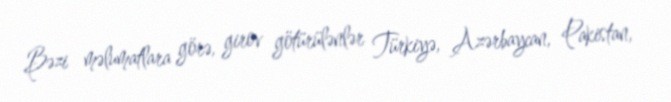
Bəzi məlumatlara görə, girov götürülənlər Türkiyə, Azərbaycan, Pakistan,